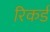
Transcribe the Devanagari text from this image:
रिकर्ड